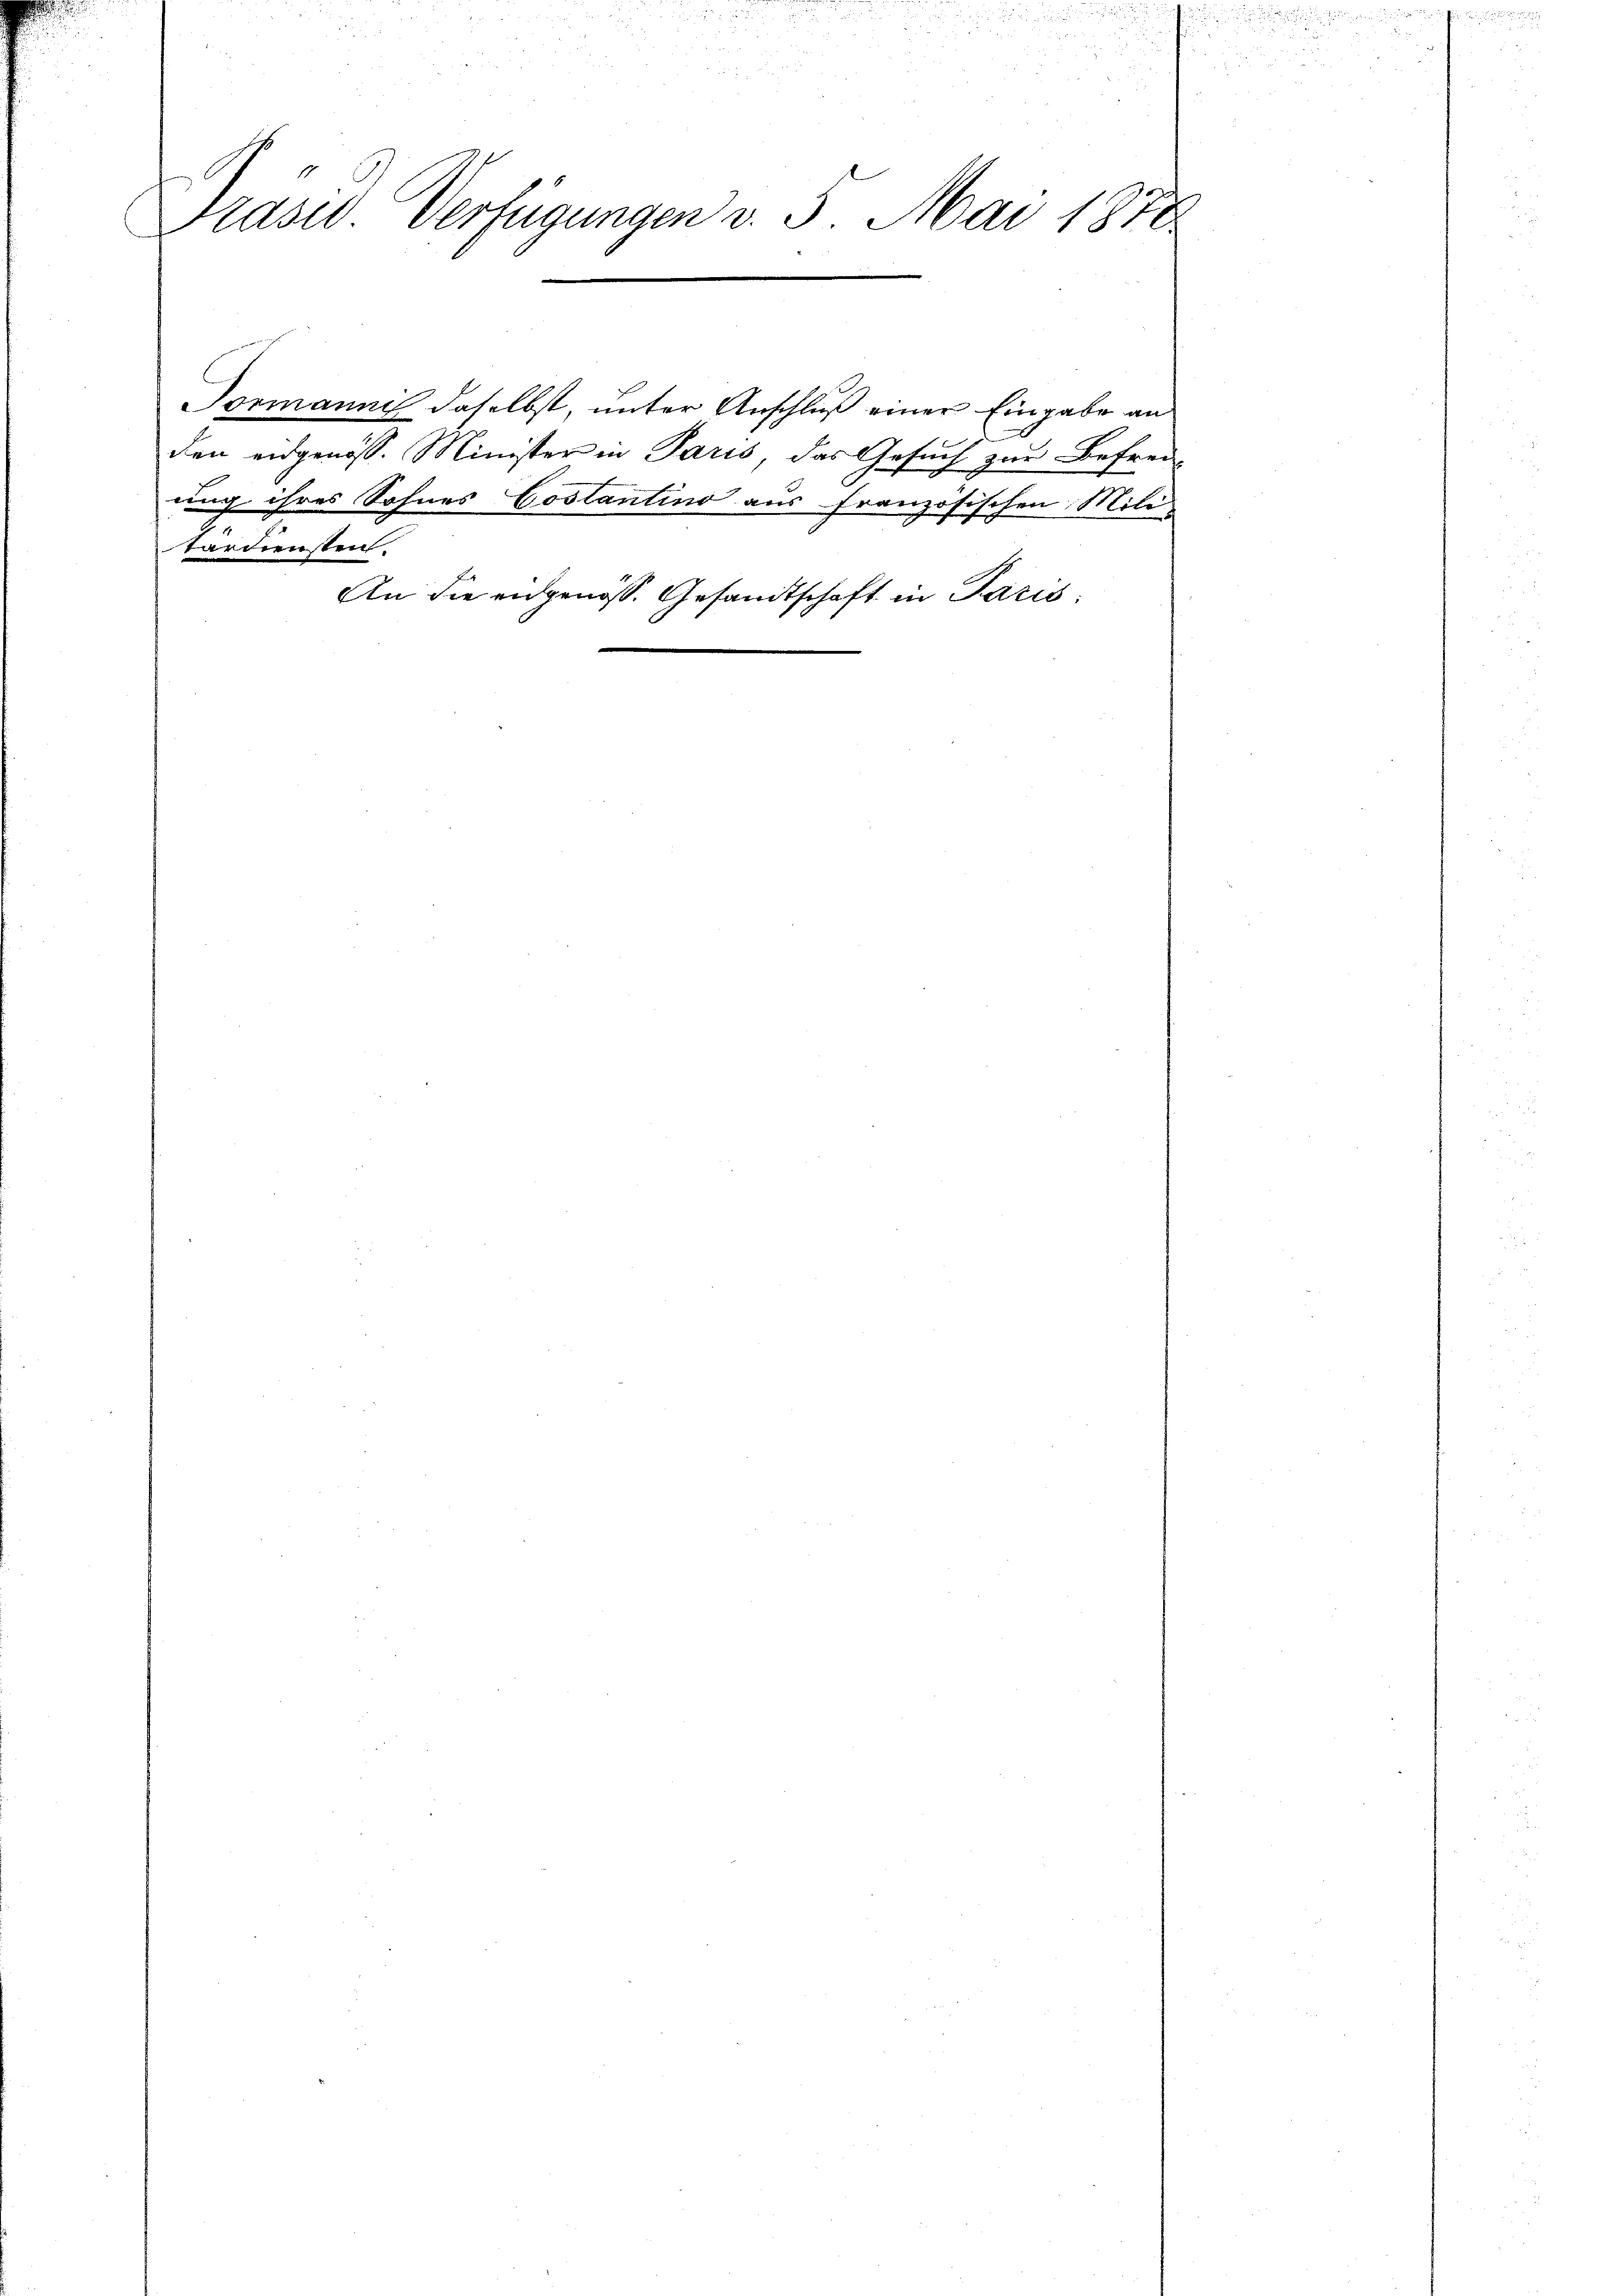
E
Prasid Verfügungen v. 5. Mai 1870

tärdiensten.

Tormanni daselbst, unter Anschluß einer Eingabe an

An die eidgenöss. Gesandtschaft in Paris

den eidgenöss. Minister in Paris, das Gesuch zur Befrei-

ung ihres Sohnes Costantino aus französischen Mili